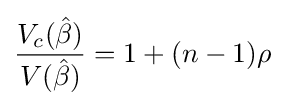
{\frac {V_{c}({\hat {\beta }})}{V({\hat {\beta }})}}=1+(n-1)\rho